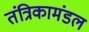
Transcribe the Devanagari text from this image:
तंत्रिकामंडल